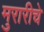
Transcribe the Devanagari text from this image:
मुरारीचे